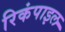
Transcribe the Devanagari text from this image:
रिकंपाइल